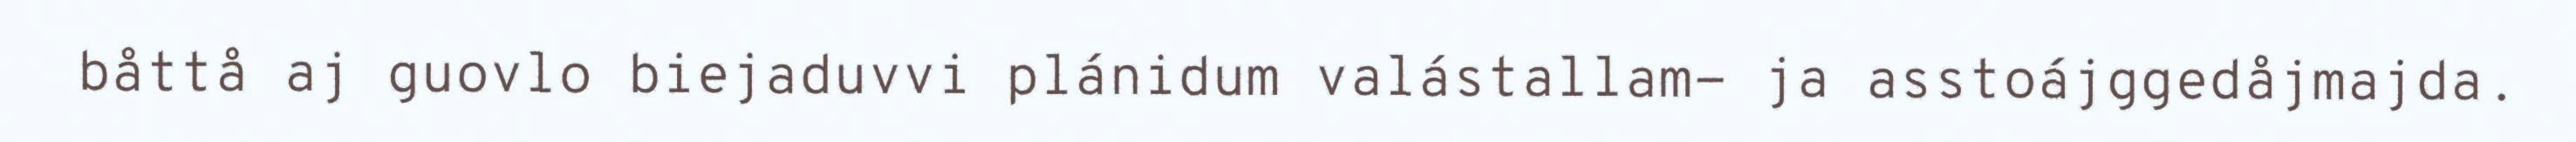
båttå aj guovlo biejaduvvi plánidum valástallam- ja asstoájggedåjmajda.